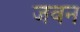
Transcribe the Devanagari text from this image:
जवन